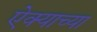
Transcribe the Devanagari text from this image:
ऐक्याच्या